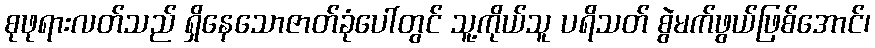
စုဖုရားလတ်သည် ရှိနေသောဇာတ်ခုံပေါ်တွင် သူ့ကိုယ်သူ ပရိသတ် စွဲမက်ဖွယ်ဖြစ်အောင်၊